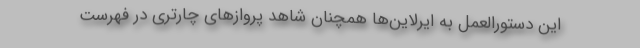
این دستورالعمل به ایرلاین‌ها همچنان شاهد پروازهای چارتری در فهرست